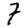
Digit: 7